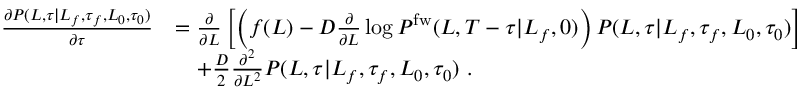
\begin{array} { r l } { \frac { \partial P ( L , \tau | L _ { f } , \tau _ { f } , L _ { 0 } , \tau _ { 0 } ) } { \partial \tau } } & { = \frac { \partial } { \partial L } \left[ \left( f ( L ) - D \frac { \partial } { \partial L } \log P ^ { \mathrm { f w } } ( L , T - \tau | L _ { f } , 0 ) \right) P ( L , \tau | L _ { f } , \tau _ { f } , L _ { 0 } , \tau _ { 0 } ) \right] } \\ & { \ \ \ + \frac { D } { 2 } \frac { \partial ^ { 2 } } { \partial L ^ { 2 } } P ( L , \tau | L _ { f } , \tau _ { f } , L _ { 0 } , \tau _ { 0 } ) \ . } \end{array}